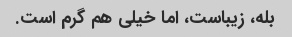
بله، زیباست، اما خیلی هم گرم است.